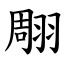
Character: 翢